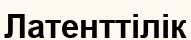
Латенттілік